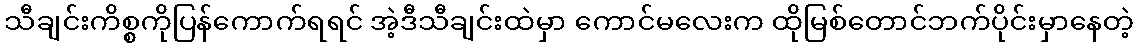
သီချင်းကိစ္စကိုပြန်ကောက်ရရင် အဲ့ဒီသီချင်းထဲမှာ ကောင်မလေးက ထိုမြစ်တောင်ဘက်ပိုင်းမှာနေတဲ့